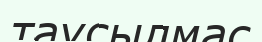
таусылмас